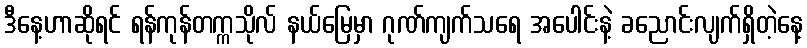
ဒီနေ့ဟာဆိုရင် ရန်ကုန်တက္ကသိုလ် နယ်မြေမှာ ဂုဏ်ကျက်သရေ အပေါင်းနဲ့ ခညောင်းလျက်ရှိတဲ့နေ့